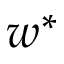
w ^ { * }